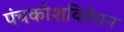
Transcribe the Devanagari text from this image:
पंचकोशविवेचन